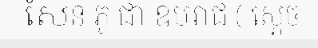
សែន ភូ ជា ឧបរាជ ( ស្តេច